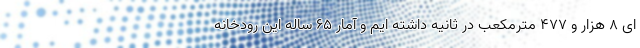
ای ۸ هزار و ۴۷۷ مترمکعب در ثانیه داشته ایم و آمار ۶۵ ساله این رودخانه